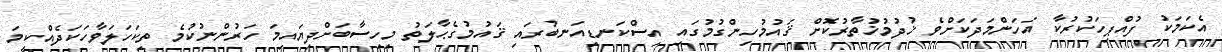
އެކަމަކު ފުއްޕިހަކުރުކާ އަހަންމަދަކަށްވެ ޚުދުމުޚުތާރުކޮށް ޤައުމުހިންގުމުގައި އިސްކަނޑިއަނބުރައި ޤައުމުގެޙާލަތު މިހިސާބަށްދިޔައިމަ ހަރުންނުކުމެ ތިކަހަލަވާހަކަދެއްކީމަ